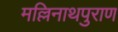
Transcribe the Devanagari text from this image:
मल्लिनाथपुराण